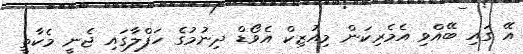
އޭ ގައި ބޭއްވި އެމެރިކަން މިއުޒިކް އެވޯޑް ދިނުމުގެ ހަފްލާގައި ޖެނީ މެކާތީ